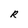
Character: R